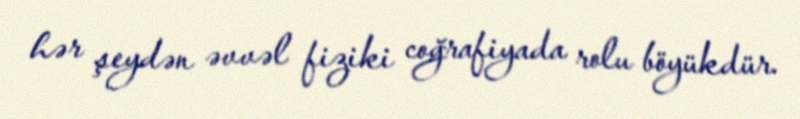
hər şeydən əvvəl fiziki coğrafiyada rolu böyükdür.